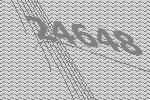
24648